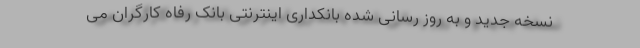
نسخه جدید و به روز رسانی شده بانکداری اینترنتی بانک رفاه کارگران می